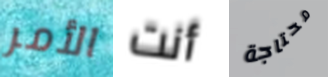
الأمر أنت محتاجة